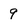
Character: 9